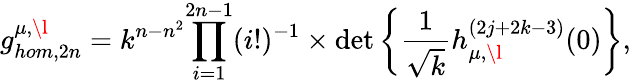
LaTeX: g_{hom,2n}^{\mu,\l}=k^{n-n^{2}}{\prod_{i=1}^{2n-1}(i!)^{-1}}\times\operatorname*{det}\left\{ \frac{1}{\sqrt{k}}h_{\mu,\l}^{(2j+2k-3)}(0)\right\} ,